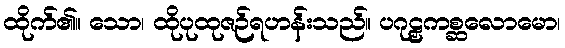
ထိုက်၏။ သော၊ ထိုပုထုဇဉ်ရဟန်းသည်။ ပဂုဠှကစ္ဆလောမော၊